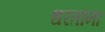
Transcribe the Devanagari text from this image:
धरतांना